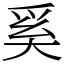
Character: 奚